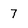
Character: 7